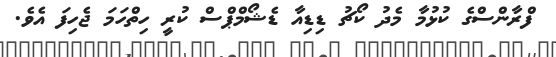
ފްރާންސްގެ ކުޅުމާ މެދު ކޯޗު ޑިޑިއާ ޑެޝޯމްޕްސް ކުރީ ހިތްހަމަ ޖެހިފަ އެވެ.